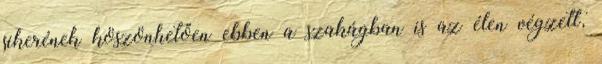
sikerének köszönhetően ebben a szakágban is az élen végzett,